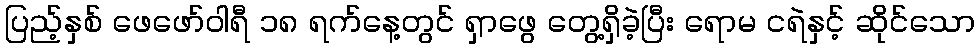
ပြည့်နှစ် ဖေဖော်ဝါရီ ၁၈ ရက်နေ့တွင် ရှာဖွေ တွေ့ရှိခဲ့ပြီး ရောမ ငရဲနှင့် ဆိုင်သော